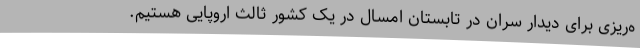
ه‌ریزی برای دیدار سران در تابستان امسال در یک کشور ثالث اروپایی هستیم.